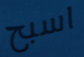
اسبح